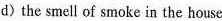
d) the smell of smoke in the house